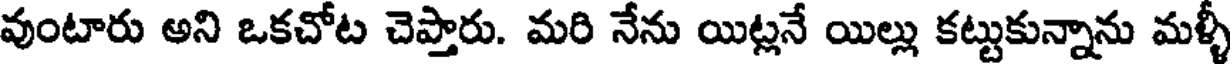
వుంటారు అని ఒకచోట చెప్తారు. మరి నేను యిట్లనే యిల్లు కట్టుకున్నాను మళ్ళీ